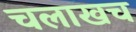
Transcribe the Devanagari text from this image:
चलाखच